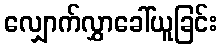
လျှောက်လွှာခေါ်ယူခြင်း